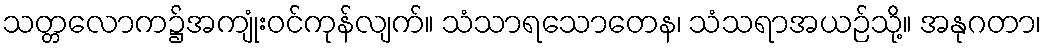
သတ္တလောက၌အကျုံးဝင်ကုန်လျက်။ သံသာရသောတေန၊ သံသရာအယဉ်သို့။ အနုဂတာ၊